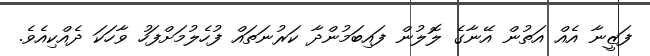
ފަޒީނާ އެއް އަތުން އޭނާގެ ލޮލުން ފައިބަމުންދާ ކަރުނަތައް ފުހެލުމަށްފަހު ވާހަކަ ދެއްކިއެވެ.